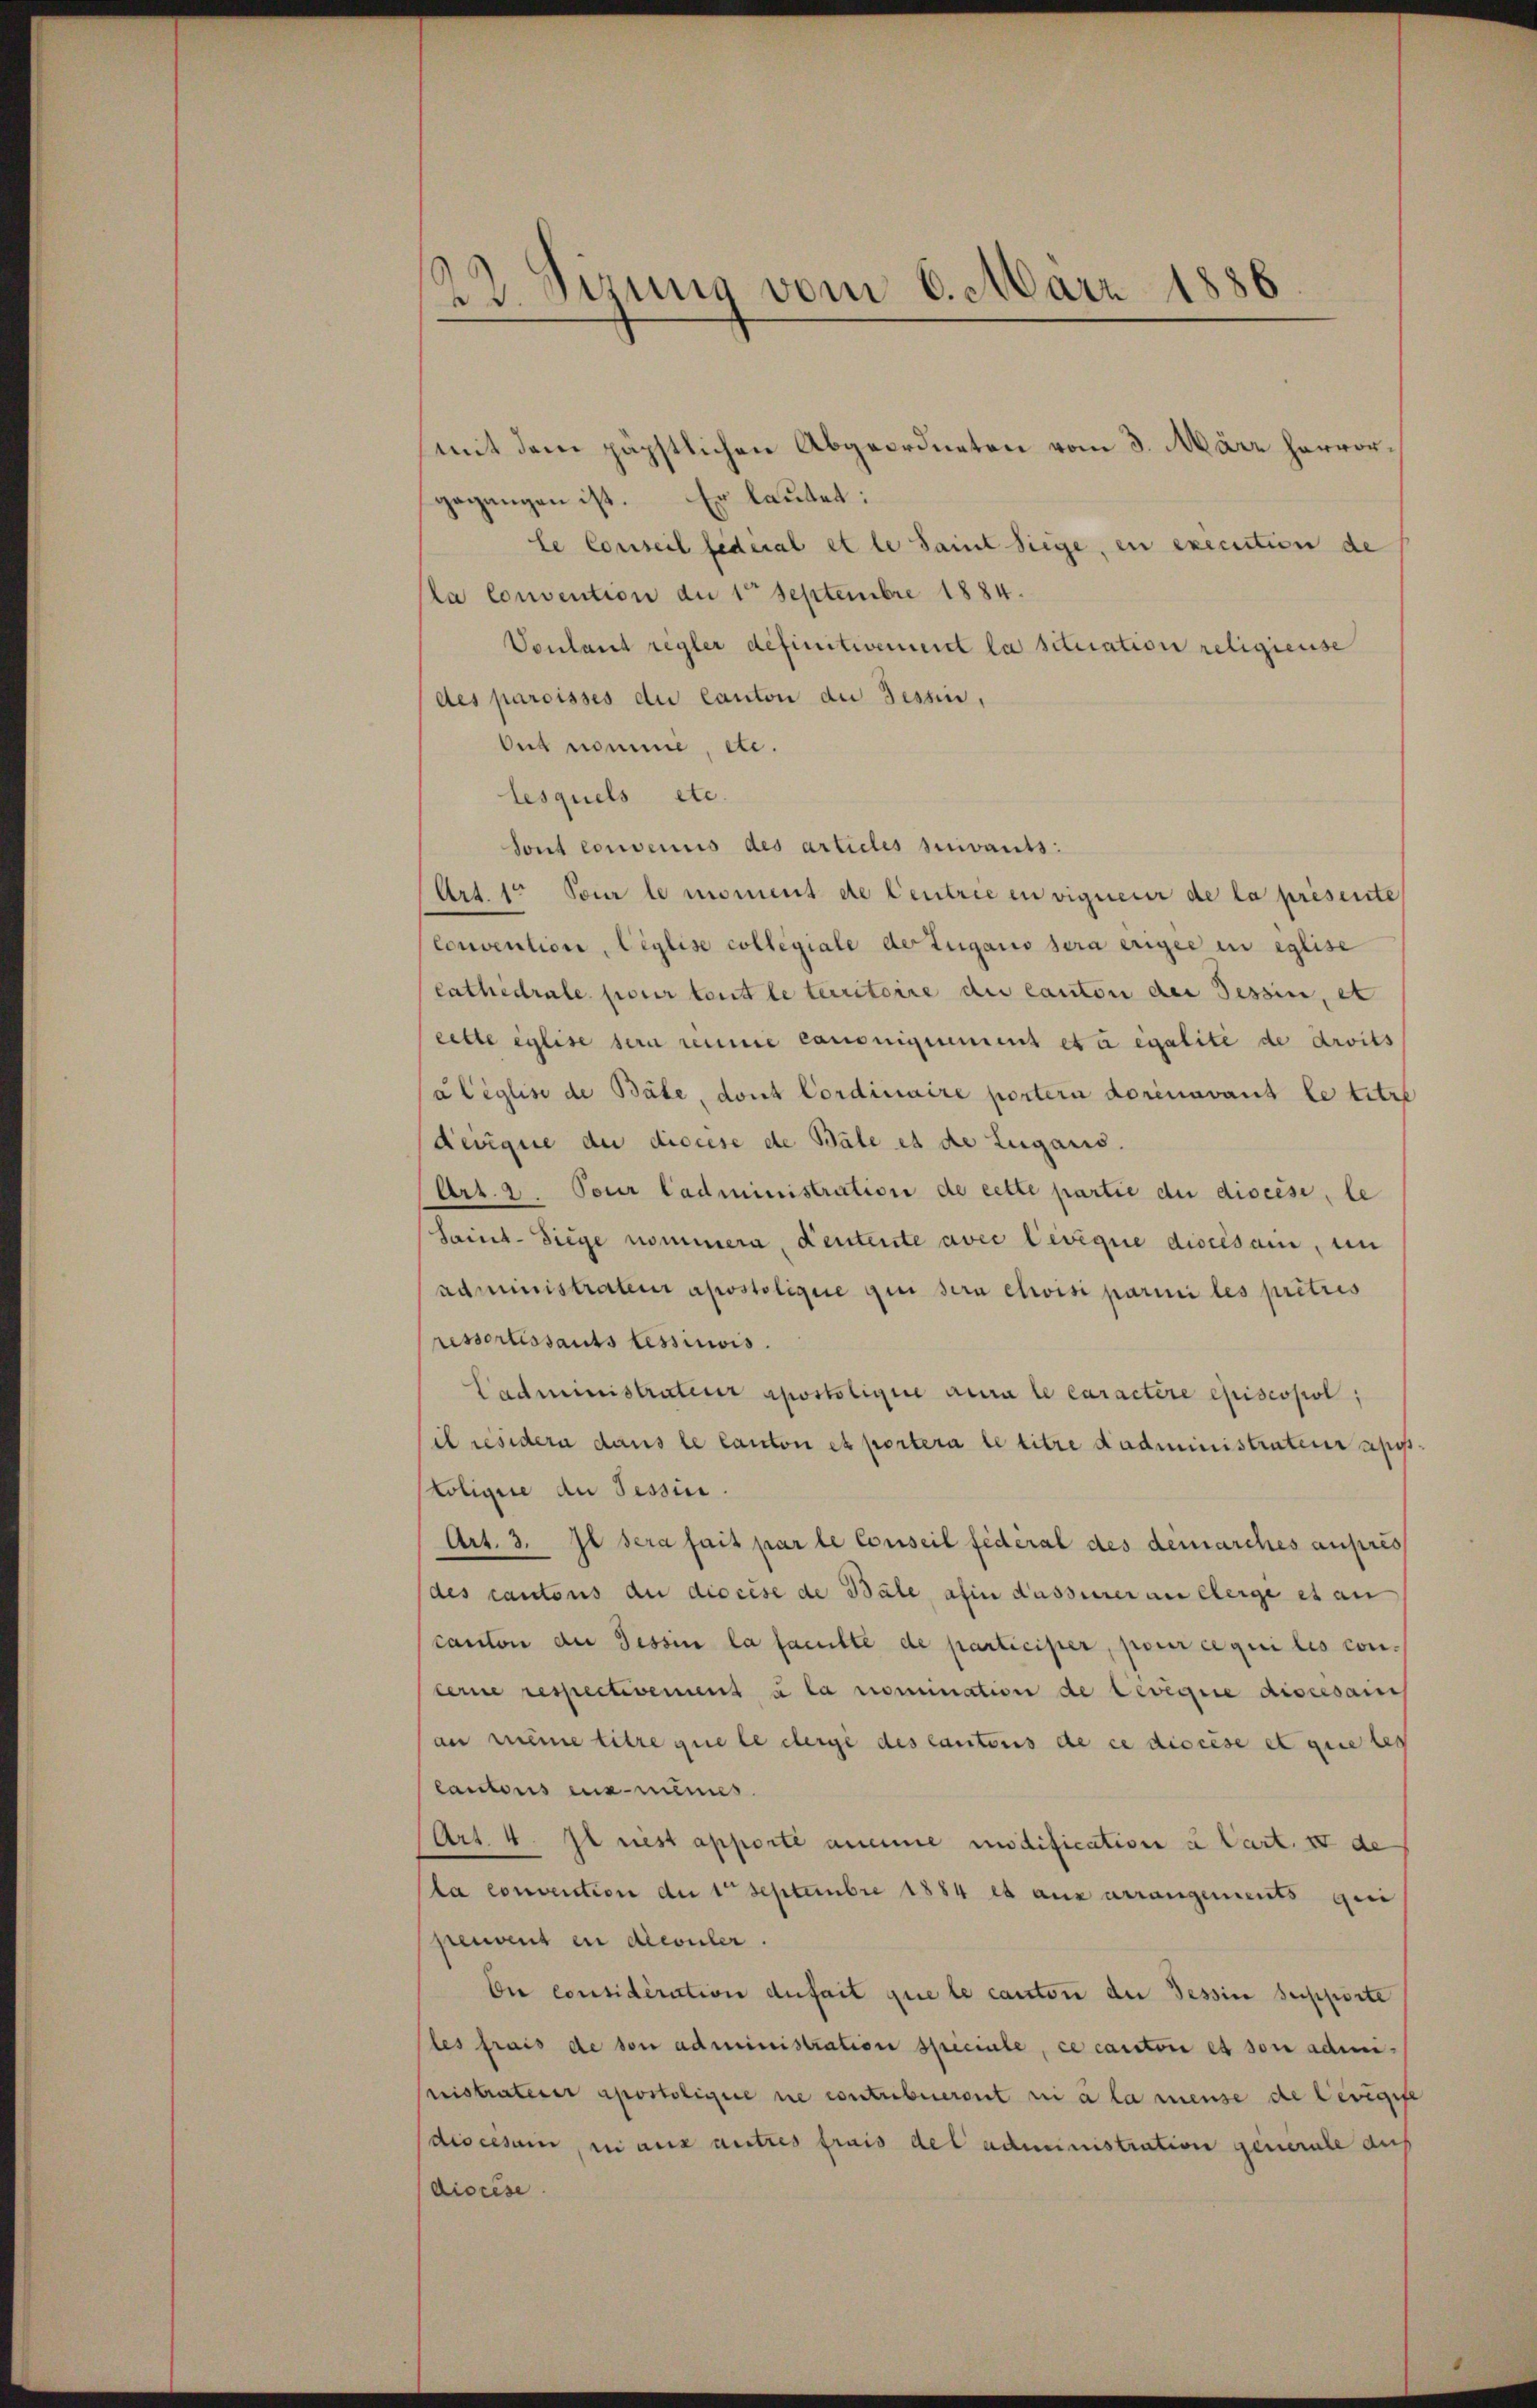
22. Sizung vom 6. März 1886

(mit dem päpstlichen Abgeordneten vom 3. März hervorgegangen ist. Er lautet:
le Conseil fédéral et le Saint Siege, en execution de
la Convention die 1 Septembre 1884.
Vonland regler definitivement la situation religieuse
des paroisses du Canton die Tessin,
Ous nomme, etc.
lesquels etc.
Sont convenus des articles suivants:
Art. 1. Pour le moment de Centrie en vigneur de la présente
Convention, Ciglise collegiale der Zugano sera ergee in eglise
cathedrale pour tent le territoire die Canton der Tessin, et
cette Eglise sein remie canonignement et egalité de droits
(alèglise de Bäbe, dont Cordinaire portern doricavant le titre
devique der diocese de Bäle et de Luganis.
Art. 2. Pour Cadministration de cette partie du diseise, le
Saint-Siege nommern, deutente avec levégie diocesain, un
administrateur apostoligne qui sera etwisi parini les prêtris
ressortissants lessinivis
Cadministrateur apostoligne aura le caractère episcopol;
il residern dans le Canton et portera le titre dadministrateur app.
Coligie an Tessin.
Art. 3. Il sera fait par le Conseil federal des demarches aufres
des cantons du diocise de Bäle afin dasserer an eherge et an
canton der Tessin la faculté de participer, pour ce qui les conterne respectivement à la nomination de levigire discesaisch
an meine titre que le derge des Cantons de ce discese et que les
Cantons eux-mêmes
Art. 4. Il riest apporte aneine modification u Cart. II de
la convention der 1te Septembre 1884 et aus arrangements qui
peuvent in dicouler.
bi considération dufait que le canton der Tessin supporte
(les frais de von administration speciale, ce canton es son admi¬
Mistraterer apostoligne ne contribueront ni à la mense de levigife
discesum, ni aus autres frais del administration generale auf
diocese